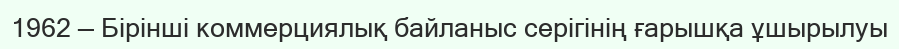
1962 — Бiрiншi коммерциялық байланыс серiгiнің ғарышқа ұшырылуы